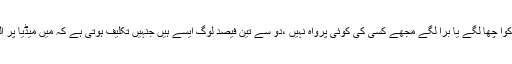
انہوں نے کہا کہ لوگوں کوا چھا لگے یا برا لگے مجھے کسی کی کوئی پرواہ نہیں ،دو سے تین فیصد لوگ ایسے ہیں جنہیں تکلیف ہوتی ہے کہ میں میڈیا پر اللہ اللہ کیوں کرتی ہوئی ۔